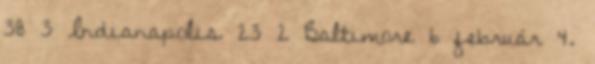
38 3 Indianapolis 23 2 Baltimore 6 február 4.